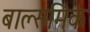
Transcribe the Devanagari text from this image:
बाल्समिक